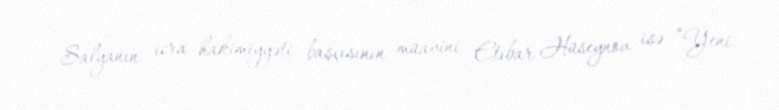
Salyanın icra hakimiyyəti başçısının müavini Etibar Hüseynov isə “Yeni